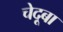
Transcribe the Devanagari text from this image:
चेदूबा